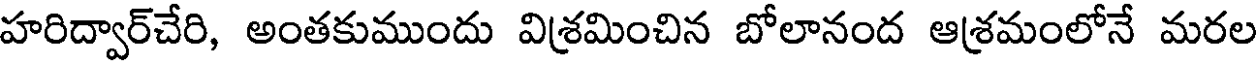
హరిద్వార్చేరి, అంతకుముందు విశ్రమించిన బోలానంద ఆశ్రమంలోనే మరల